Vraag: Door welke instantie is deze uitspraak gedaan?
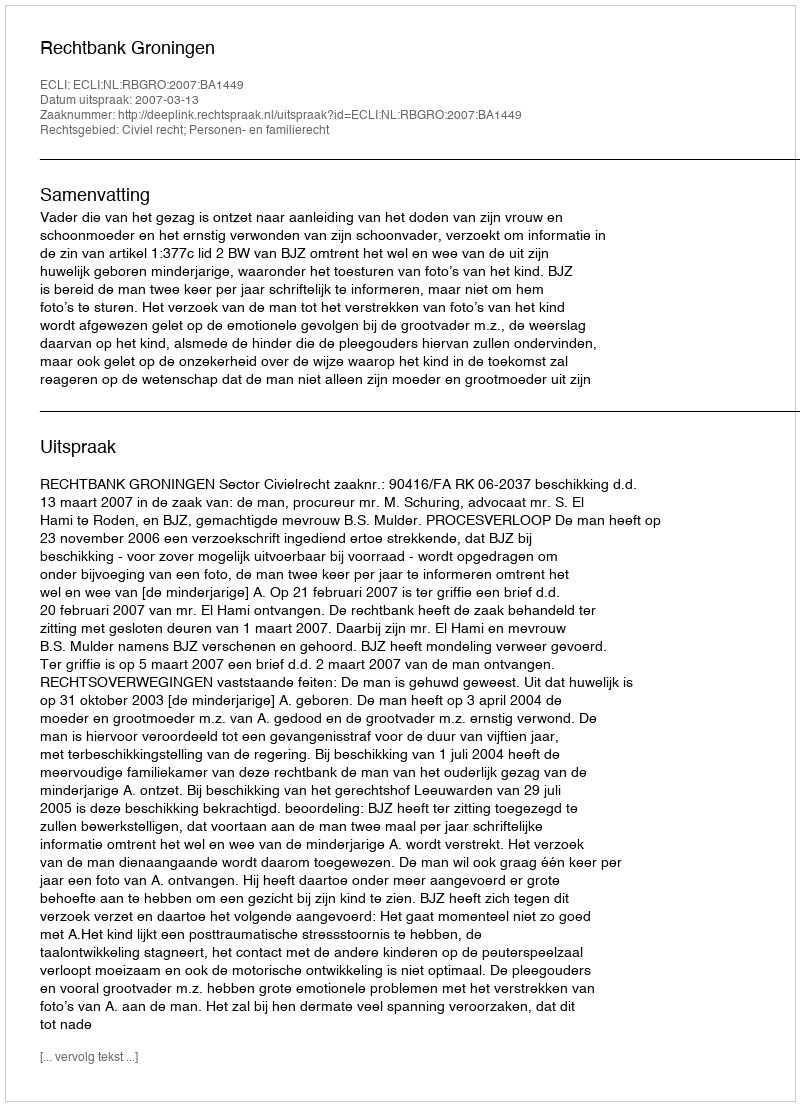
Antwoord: Rechtbank Groningen